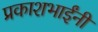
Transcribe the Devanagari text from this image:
प्रकाशभाईंनी